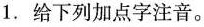
1.给下列加点字注音。